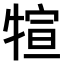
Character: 𤚗